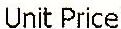
UNIT PRICE